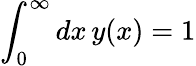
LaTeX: \int_{0}^{\infty}dx\, y(x)=1